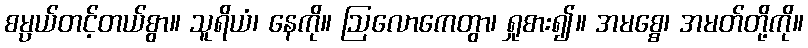
စမ္ပယ်တင့်တယ်စွာ။ သူရိယံ၊ နေကို။ ဩလောကေတွာ၊ ရှုစား၍။ အမစ္စေ၊ အမတ်တို့ကို။